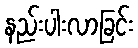
နည်းပါးလာခြင်း